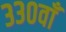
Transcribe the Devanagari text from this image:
३३०वाँ